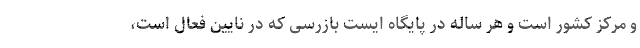
و مرکز کشور است و هر ساله در پایگاه ایست بازرسی که در نایین فعال است،